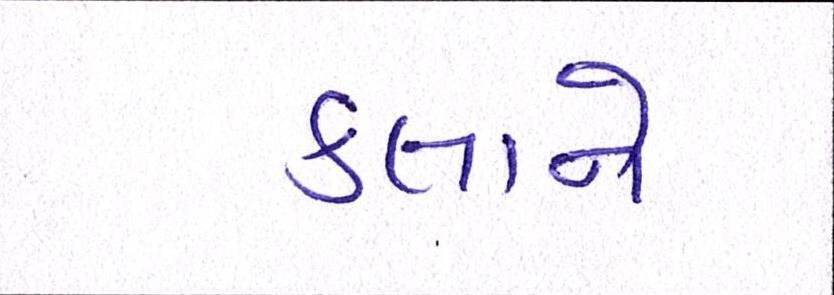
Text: કલાને